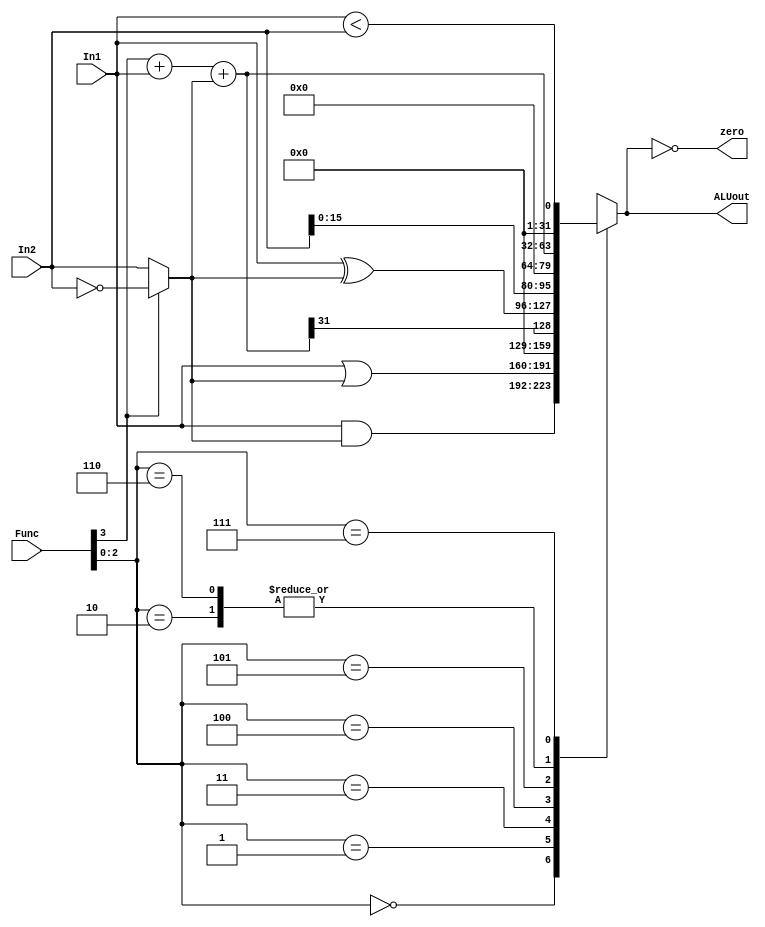
module ALU (input [31:0] In1, In2, input [3:0] Func, output reg [31:0] ALUout, output zero) ;
  wire [31:0] BB ;
  wire [31:0] S ;
  wire   cout ;
  wire [31:0] u_i1;
  wire [31:0] u_i2;
  
  assign u_i1 = In1;
  assign u_i2 = In2;

  assign BB = (Func[3]) ? ~In2 : In2 ; //1 = subtract, 0 = add
  assign {cout, S} = Func[3] + In1 + BB ; //add subtract function with carry
  always @ * begin
   case (Func[2:0]) 
    3'b000 : ALUout <= In1 & BB ;  //AND
    3'b001 : ALUout <= In1 | BB ;  //OR/ORI
    3'b010 : ALUout <= S ;         //ADD/SUB
    3'b011 : ALUout <= {31'd0, S[31]}; //SLT
    3'b100 : ALUout <= In1 ^ BB;   // XOR
    3'b101 : ALUout <= {In2[15:0], 16'b0}; //LUI
    3'b110 : ALUout <= S ;         // ADDU/SUBU
    3'b111 : ALUout <= u_i1 < u_i2;   // SLT-U/-IU
    //3'b101 : ALUout <= In1 ^~ BB;  //XNOR
   endcase
  end 
   
  assign zero = (ALUout == 0) ; 
 endmodule